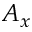
A _ { x }